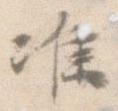
准